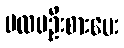
ပထမဦးစားပေး